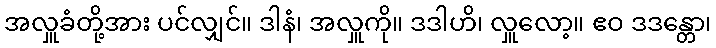
အလှူခံတို့အား ပင်လျှင်။ ဒါနံ၊ အလှူကို။ ဒဒါဟိ၊ လှူလော့။ ဧဝ ဒဒန္တော၊